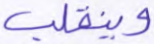
وينقلب